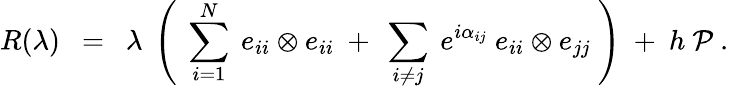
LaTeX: R(\lambda)~~=~~\lambda~\left(~\sum_{i=1}^{N}~e_{ii}\otimes e_{ii}~+~\sum_{i\neq j}~e^{i\alpha_{ij}}~e_{ii}\otimes e_{jj}~\right)~+~h~{\cal P}~.